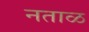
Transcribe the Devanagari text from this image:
नताळ